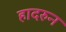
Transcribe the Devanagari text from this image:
हादरुन